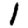
Digit: 1